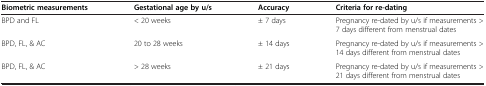
<table><thead><tr><td><b>Biometric measurements</b></td><td><b>Gestational age by u/s</b></td><td><b>Accuracy</b></td><td><b>Criteria for re-dating</b></td></tr></thead><tbody><tr><td>BPD and FL</td><td>&lt; 20 weeks</td><td>± 7 days</td><td>Pregnancy re-dated by u/s if measurements &gt; 7 days different from menstrual dates</td></tr><tr><td>BPD, FL, &amp; AC</td><td>20 to 28 weeks</td><td>± 14 days</td><td>Pregnancy re-dated by u/s if measurements &gt; 14 days different from menstrual dates</td></tr><tr><td>BPD, FL, &amp; AC</td><td>&gt; 28 weeks</td><td>± 21 days</td><td>Pregnancy re-dated by u/s if measurements &gt; 21 days different from menstrual dates</td></tr></tbody></table>